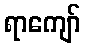
ရာကျော်